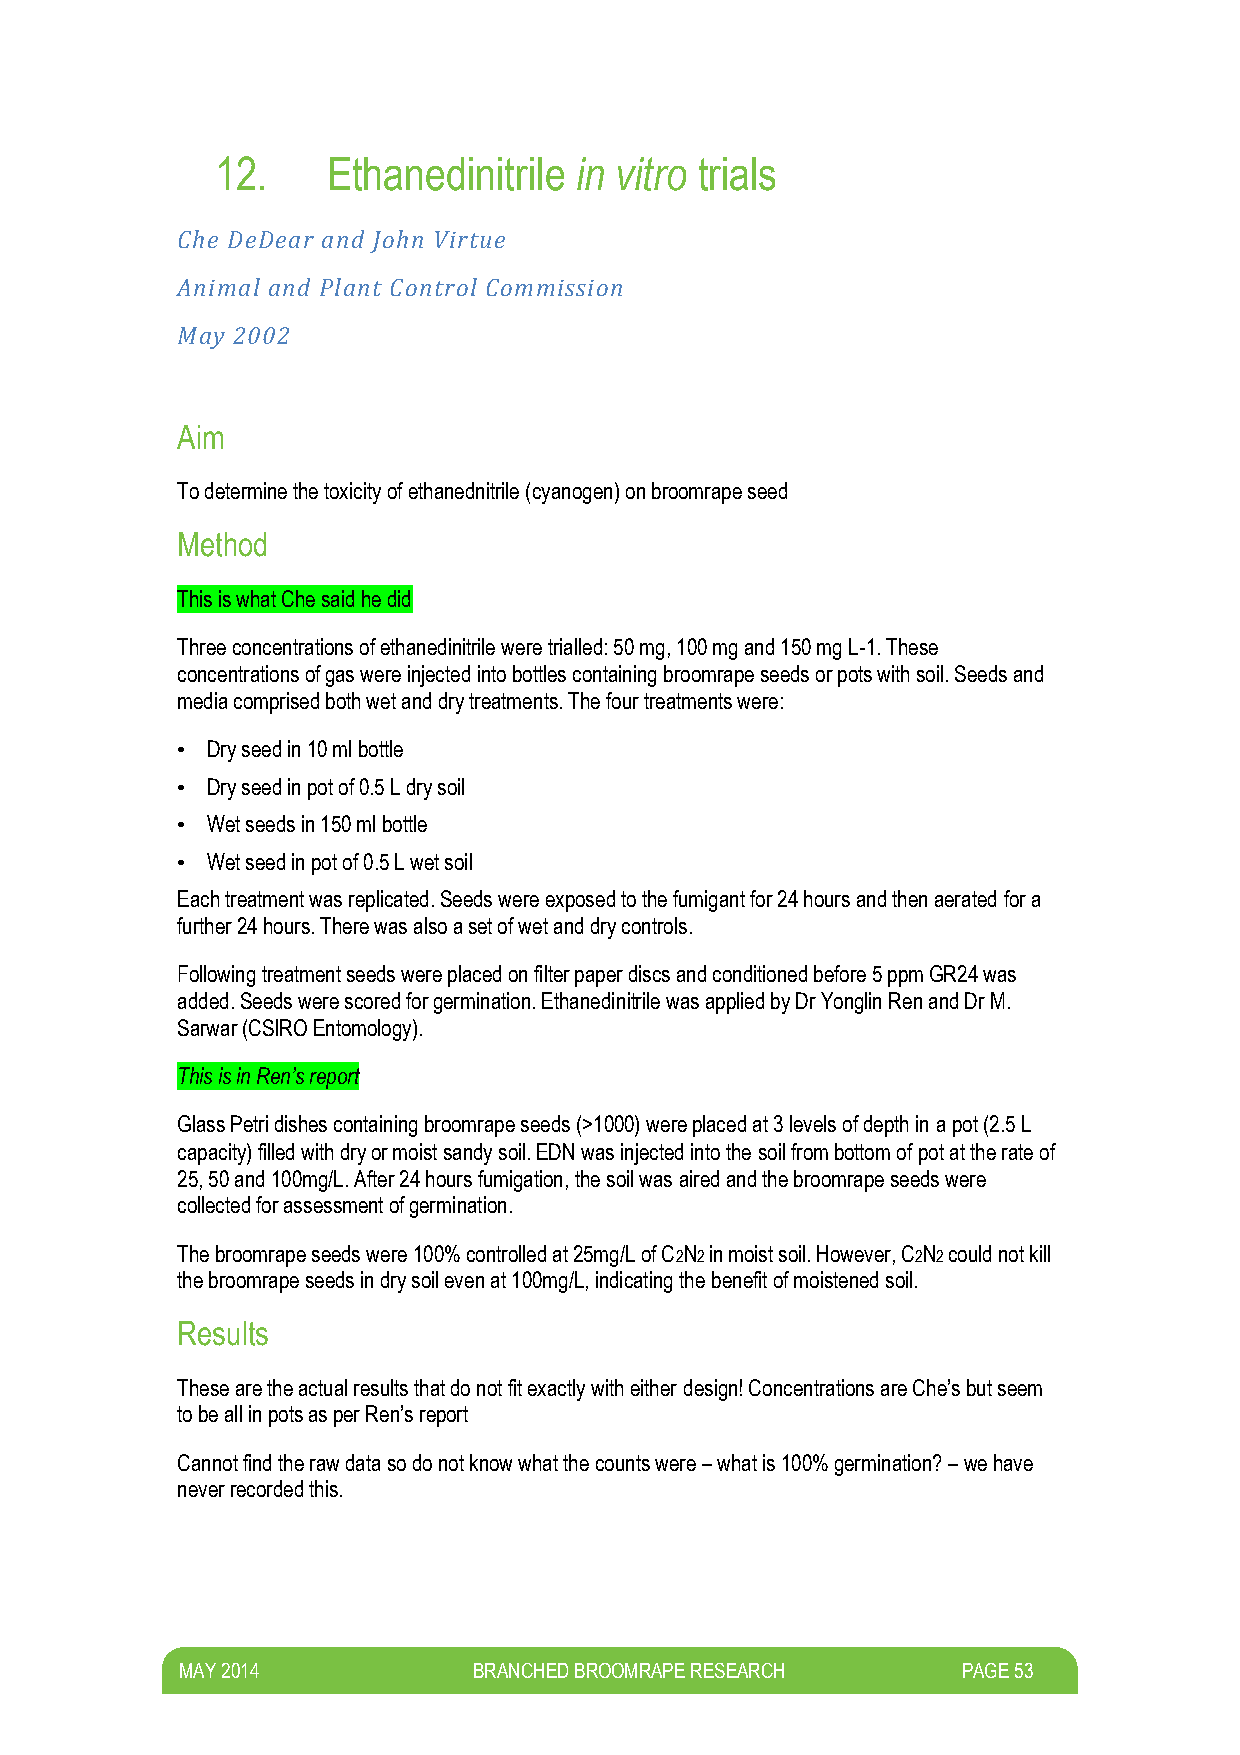
12.     Ethanedinitrile in vitro trials
 Che DeDear and John Virtue
 Animal and Plant Control Commission
 May 2002
 Aim
 To determine the toxicity of ethanednitrile (cyanogen) on broomrape seed
 Method
 This is what Che said he did
 Three concentrations of ethanedinitrile were trialled: 50 mg, 100 mg and 150 mg L-1. These
 concentrations of gas were injected into bottles containing broomrape seeds or pots with soil. Seeds and
 media comprised both wet and dry treatments. The four treatments were:
 • Dry seed in 10 ml bottle
 • Dry seed in pot of 0.5 L dry soil
 • Wet seeds in 150 ml bottle
 • Wet seed in pot of 0.5 L wet soil
 Each treatment was replicated. Seeds were exposed to the fumigant for 24 hours and then aerated for a
 further 24 hours. There was also a set of wet and dry controls.
 Following treatment seeds were placed on filter paper discs and conditioned before 5 ppm GR24 was
 added. Seeds were scored for germination. Ethanedinitrile was applied by Dr Yonglin Ren and Dr M.
 Sarwar (CSIRO Entomology).
 This is in Ren’s report
 Glass Petri dishes containing broomrape seeds (>1000) were placed at 3 levels of depth in a pot (2.5 L
 capacity) filled with dry or moist sandy soil. EDN was injected into the soil from bottom of pot at the rate of
 25, 50 and 100mg/L. After 24 hours fumigation, the soil was aired and the broomrape seeds were
 collected for assessment of germination.
 The broomrape seeds were 100% controlled at 25mg/L of C2N2 in moist soil. However, C2N2 could not kill
 the broomrape seeds in dry soil even at 100mg/L, indicating the benefit of moistened soil.
 Results
 These are the actual results that do not fit exactly with either design! Concentrations are Che’s but seem
 to be all in pots as per Ren’s report
 Cannot find the raw data so do not know what the counts were – what is 100% germination? – we have
 never recorded this.
 M AY 2014          BRANCHED BROOMRAPE RESEARCH      PAGE 53